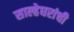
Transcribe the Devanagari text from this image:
साल्हेघरांची